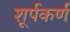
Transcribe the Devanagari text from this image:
शूर्पकर्ण